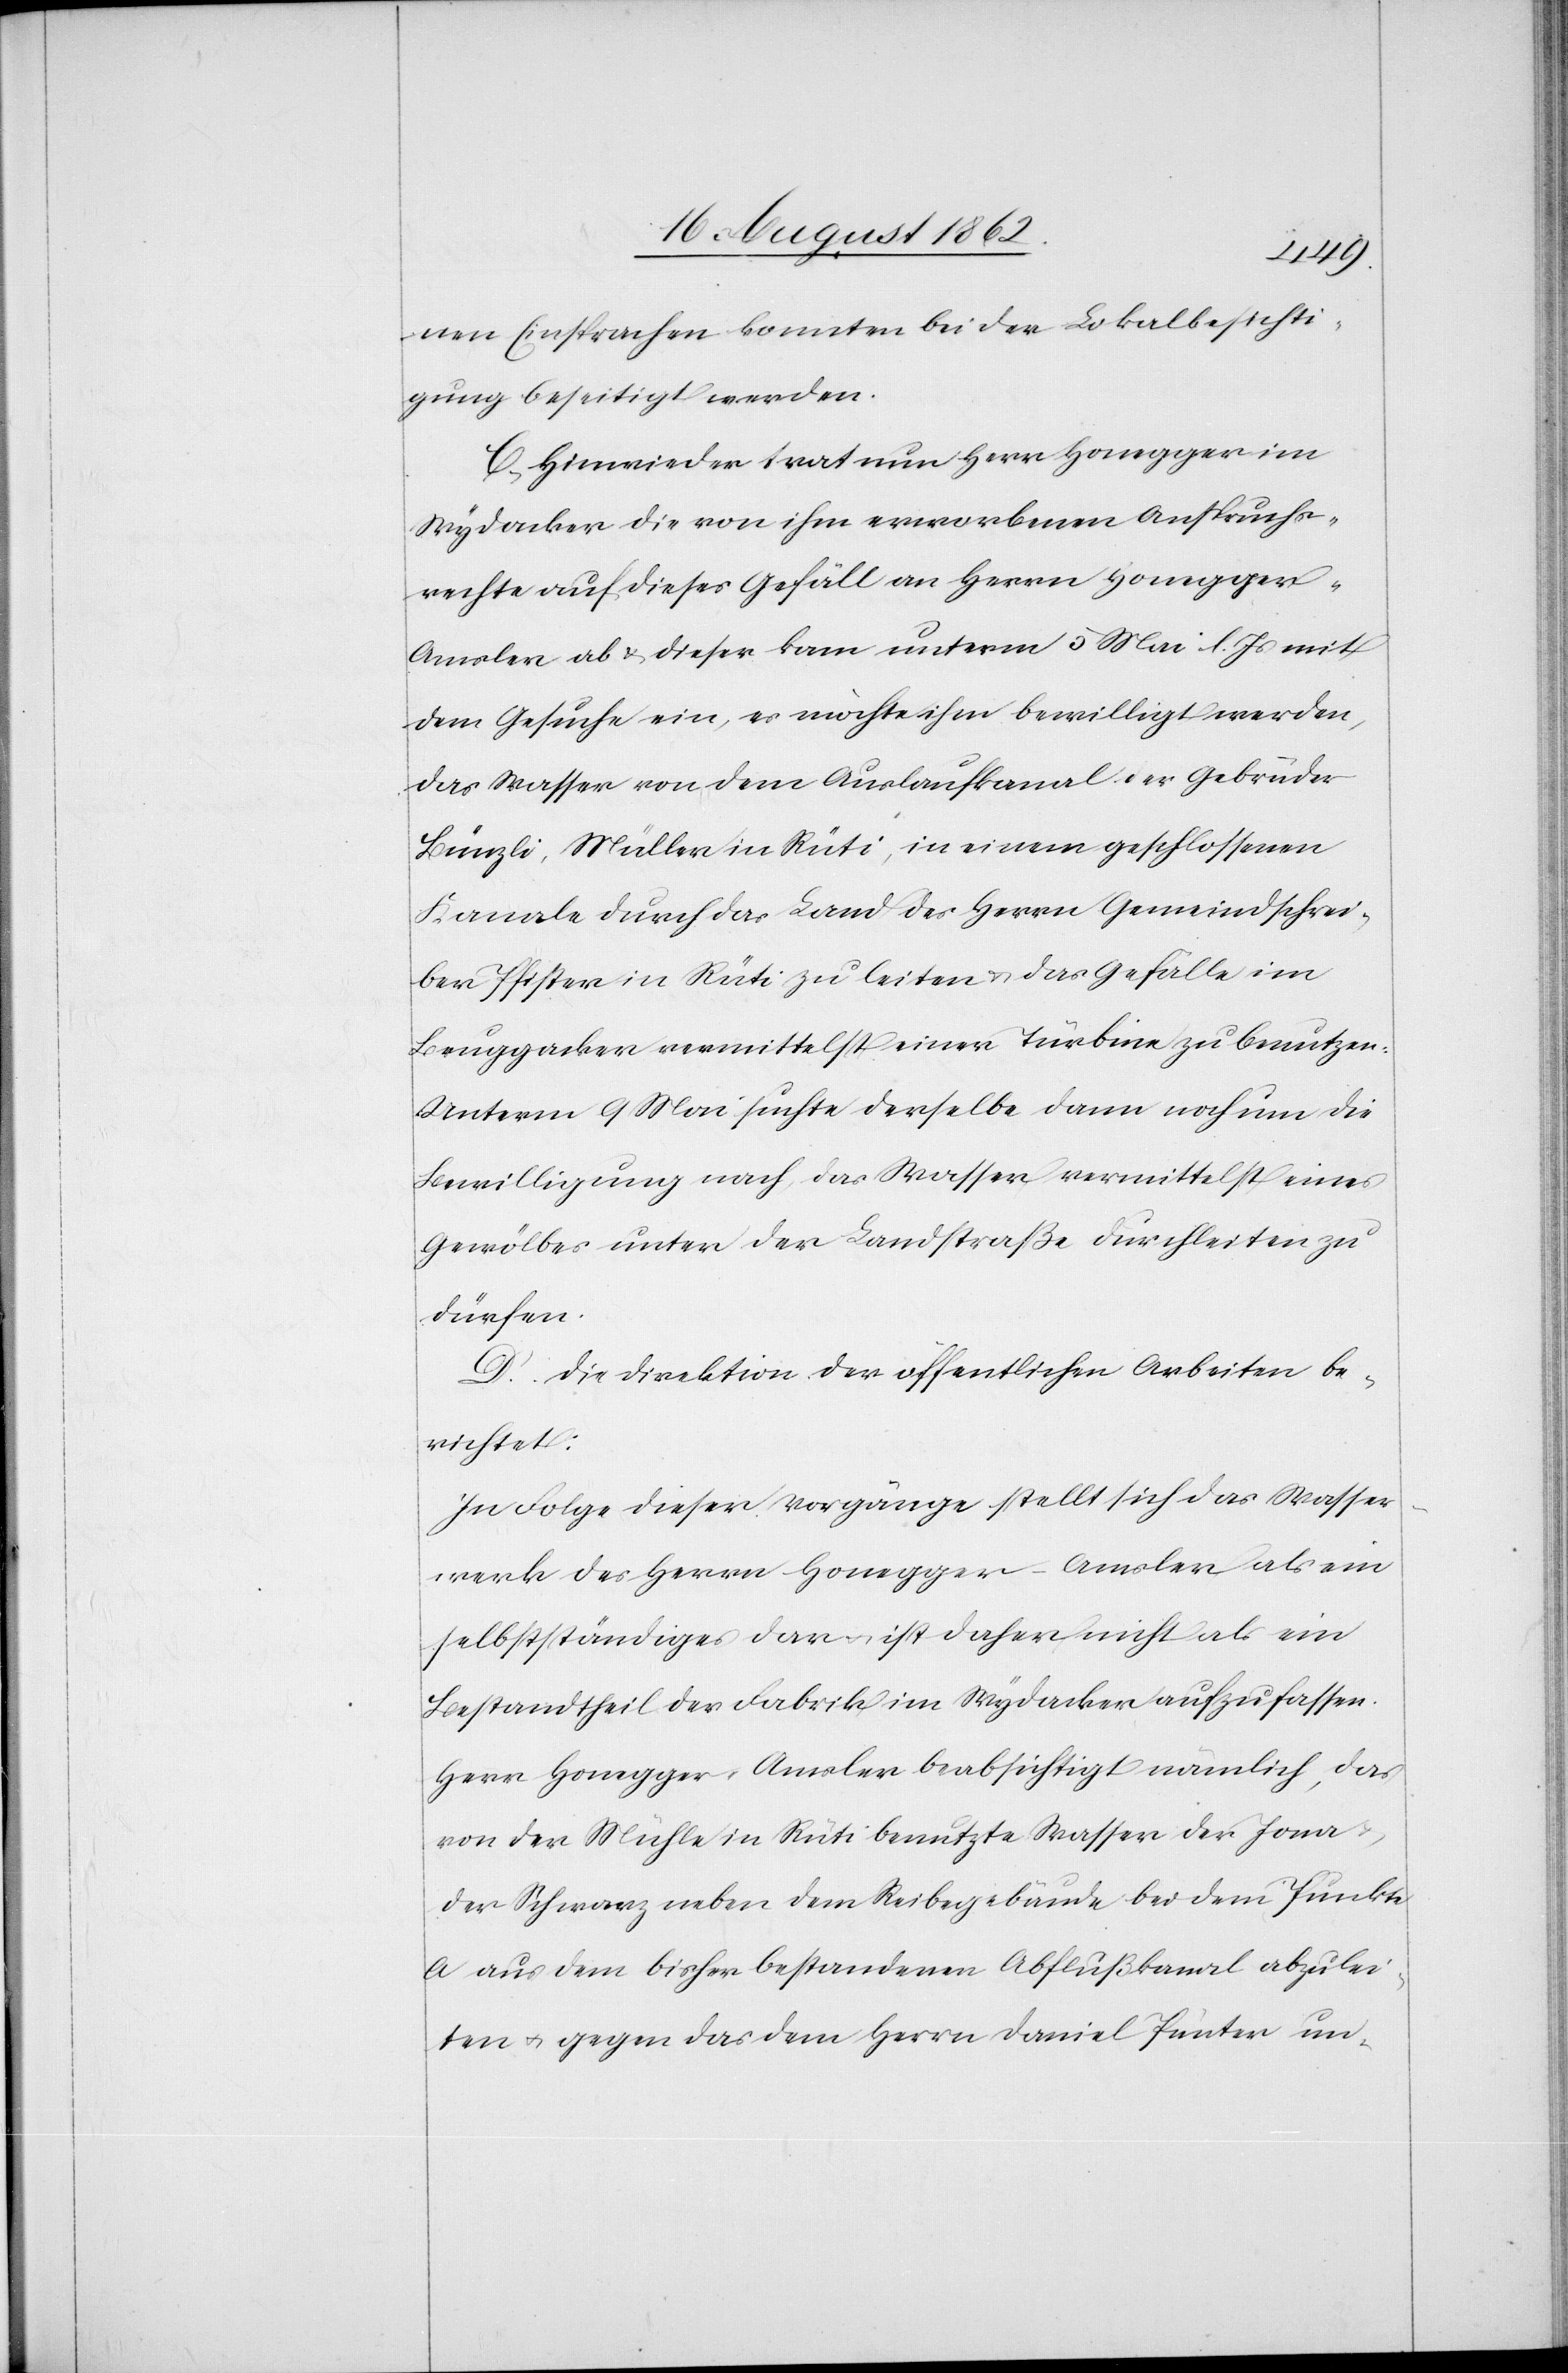
nen Einsprachen konnten bei der Lokalbesichti¬
gung beseitigt werden.
C. Hinwieder trat nun Herr Honegger im
Wydacker die von ihm erworbenen Anspruchs¬
rechte auf dieses Gefäll an Herrn Honegger-A¬
msler ab u. dieser kam unterm 5. Mai l. Js. mit
dem Gesuche ein, es möchte ihm bewilligt werden,
das Wasser von dem Auslaufkanal der Gebrüder
Bünzli, Müller in Rüti, in einem geschlossenen
Kanale durch das Land des Herrn Gemeindschrei¬
ber Pfister in Rüti zu leiten u. das Gefälle im
Bruggacker vermittelst einer Türbine zu benutzen.
Unterm 9. Mai suchte derselbe dann noch um die
Bewilligung nach, das Wasser vermittelst eines
Gewölbes unter der Landstraße durchleiten zu
dürfen.
D. Die Direktion der öffentlichen Arbeiten be¬
richtet:
In Folge dieser Vorgänge stellt sich das Wasser¬
werk des Herrn Honegger-Amsler als ein
selbstständiges dar u. ist daher nicht als ein
Bestandtheil der Fabrik im Wydacker aufzufassen.
Herr Honegger-Amsler beabsichtigt nämlich, das
von der Mühle in Rüti benutzte Wasser der Jona
der Schwarz neben dem Reibegebäude bei dem Punkte
a aus dem bisher bestandenen Abflußkanal abzulei¬
ten u. gegen das dem Herrn Daniel Pünter un-